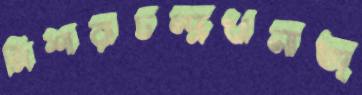
মিশারাচন্দ্রখানাঅ্